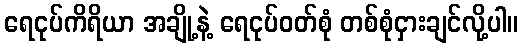
ရေငုပ်ကိရိယာ အချို့နဲ့ ရေငုပ်ဝတ်စုံ တစ်စုံငှားချင်လို့ပါ။